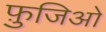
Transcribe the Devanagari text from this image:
फ़ुजिओ